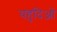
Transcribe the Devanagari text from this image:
यहुदिओं